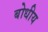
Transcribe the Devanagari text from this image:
बोधीय